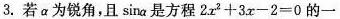
3.若 a 为锐角,且 sina 是方程$$2 x ^ { 2 } + 3 x - 2 = 0$$ 的一